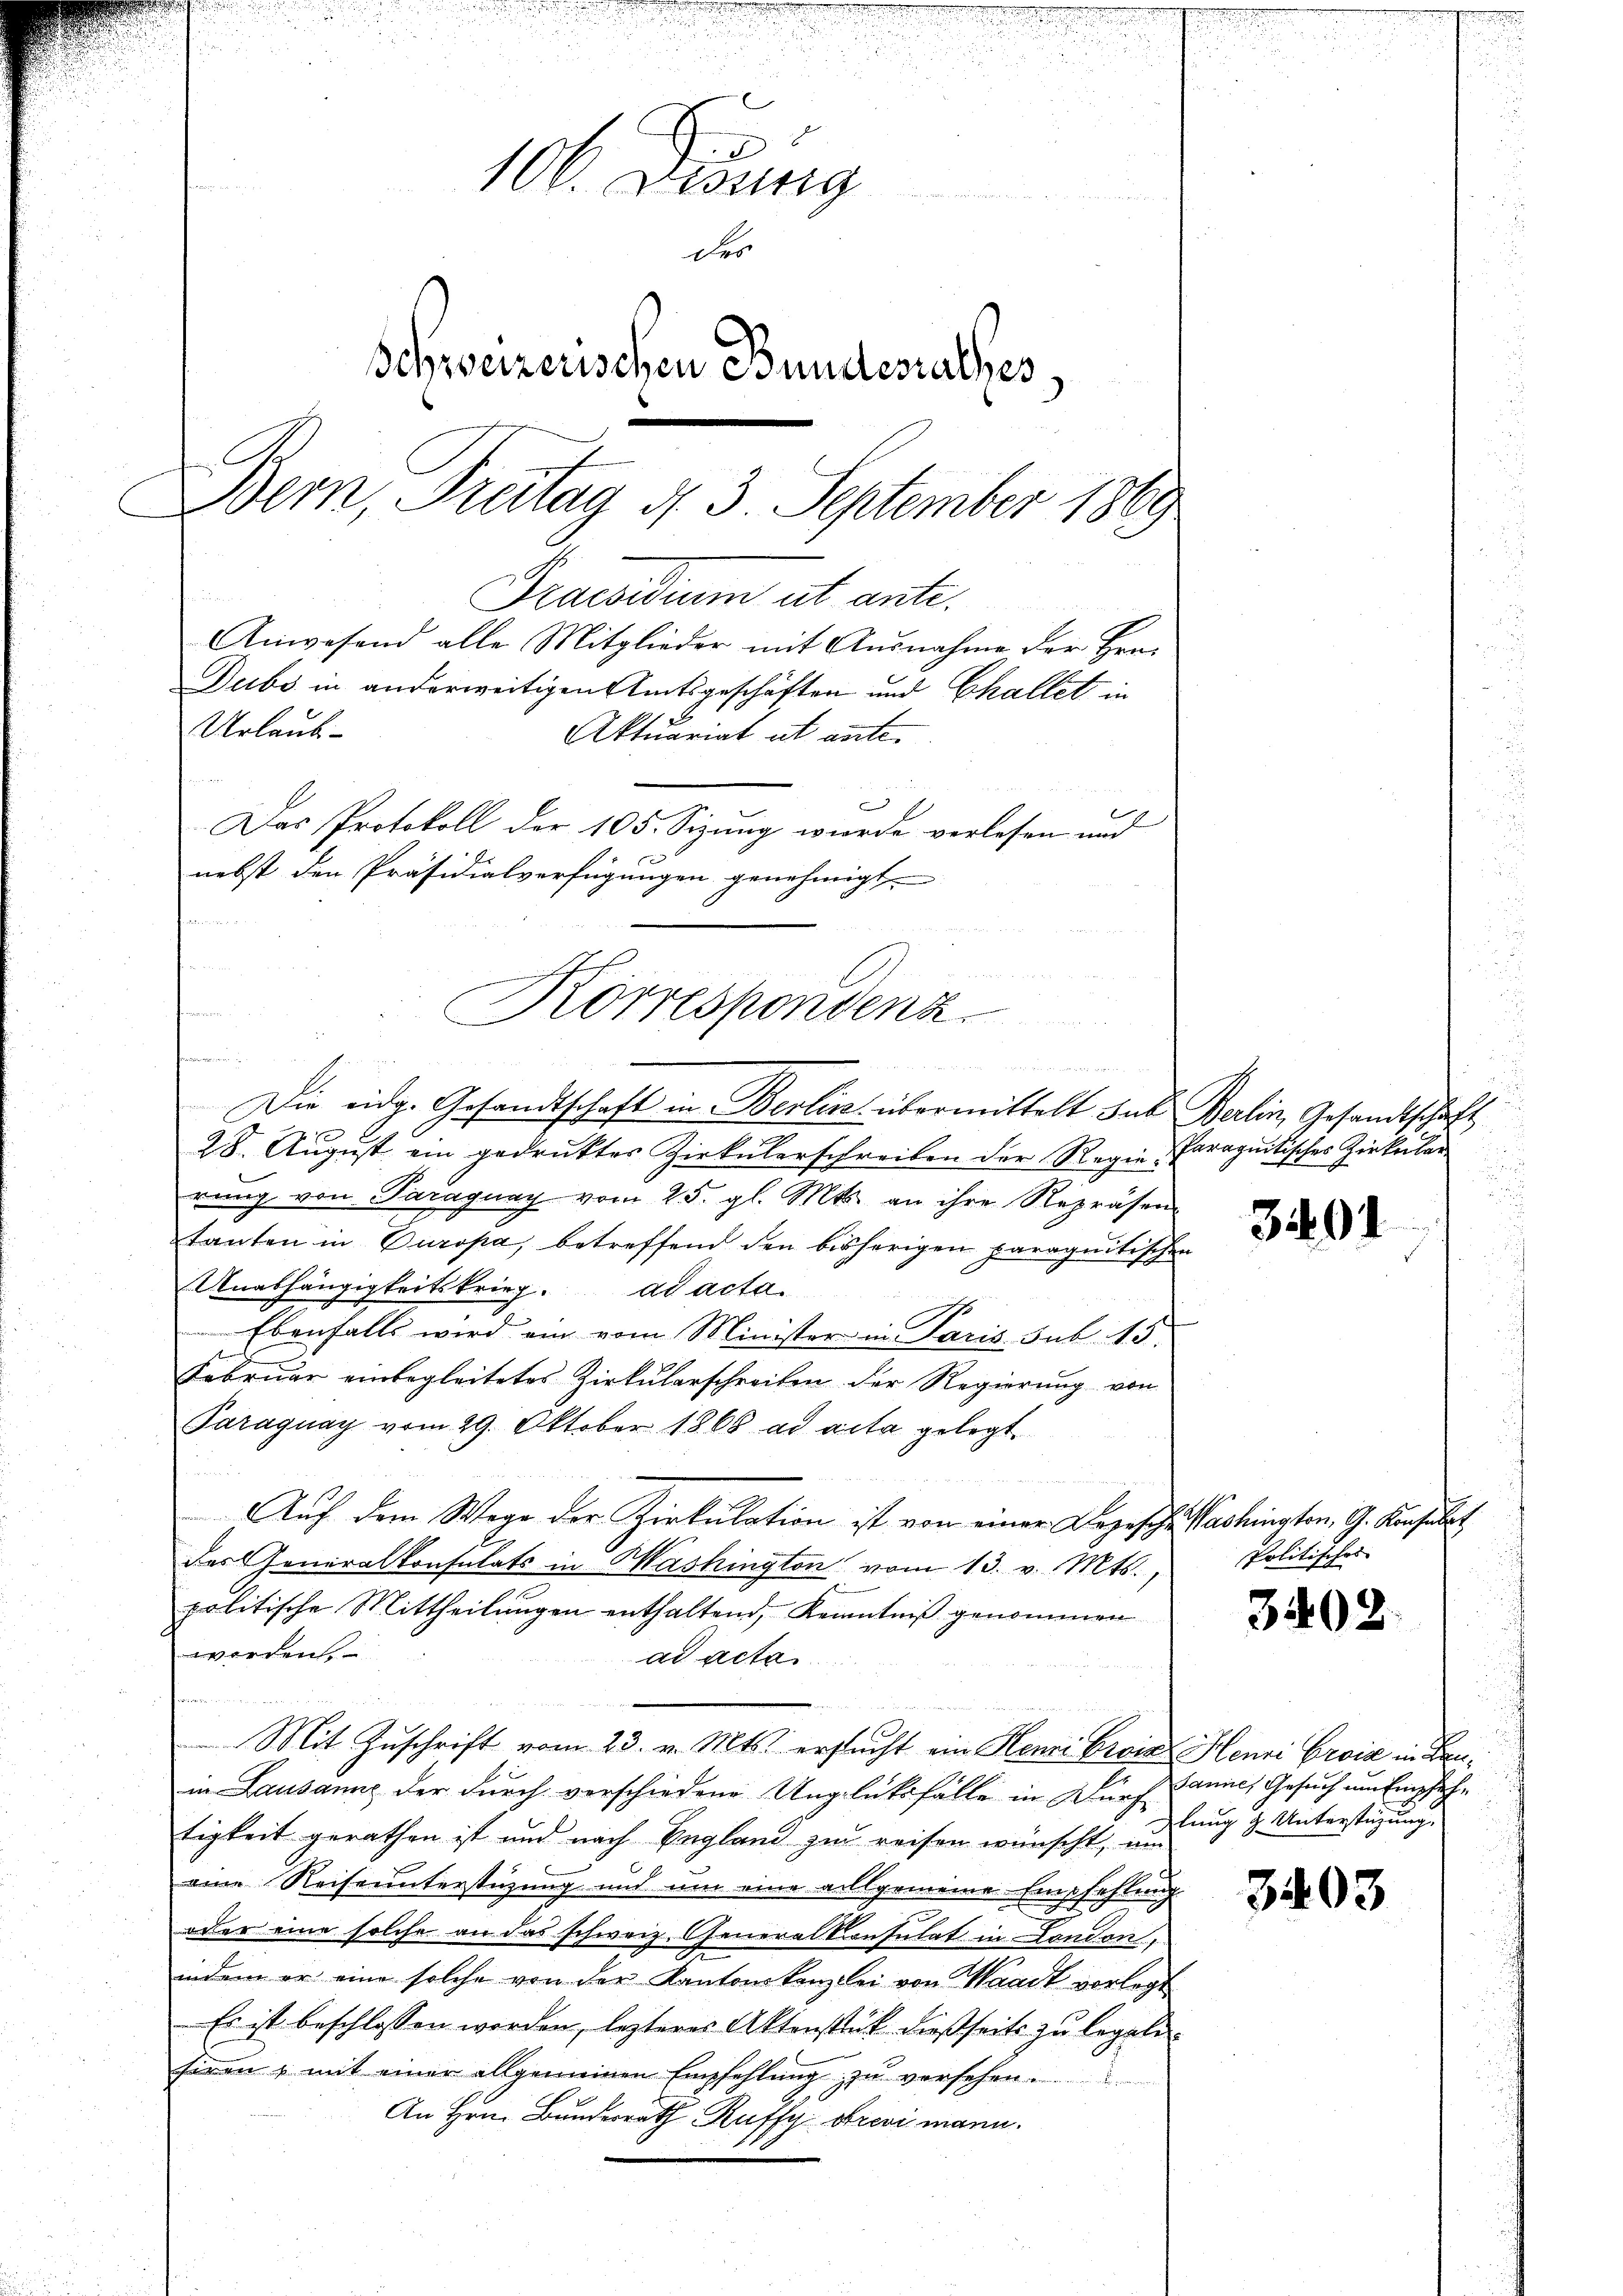
m
n
n
u
101. Diebung

u
der
Schweizerischen Bundesrathes,
Bern, Freitag d. 3. September 1869
Praesidium ut ante.
Anwesend alle Mitglieder mit Ausnahme der Hrn.
Dubs in anderweitigen Amtsgeschäften und Challet in
Urlaub-
Aktuariat ut ante.

Das Protokoll der 105. Sizung wurde verlesen und
nebst den Präsidialverfügungen genehmigt
Korrespondenz
n

Die eidg. Gesandtschaft in Berlin übermittelt das Berlin, Gesandtschaft
 x
28. August ein gedruckter Zirkŭlarschreiben der Regie-Paraquitisches Zirkular
rŭng von Paragung vom 25. gl. Mts. an ihre Repräsen
tanten in Buropa, betreffend den bisherigen paraquitischen
Unabhängigkeitskrieg. ad acta.
Ebenfalls wird ein vom Minister in Paris, sub 15.
Februar einbegleitetes Zirkularschreiben der Regierung von
Paraguay vom 29. Oktober 1868 ad acta gelegt
Auf dem Wege der Zirkulation ist von einer Depesche Washingten, G. Konsulat
das Generalkonsulats in Washington vom 13. v. Mts.,
politische Mittheilungen enthaltend, Kenntniß genommen
worden
ad acta

Mit Zuschrift vom 23. v. Mts. ersucht ein Henri Crois Henri Croik in Benin Lausanne der durch vorschiedene Unglüksfälle in Dürf-
tigkeit gerathen ist und nach England zu reisen wünscht, um
eine Reiseunterstüzung und um eine allgemeine Empfehlung
oder eine solche an das schweiz. Generalkonsulat in London,
indem er eine solche von der Kantonskanzlei von Waadt vorlegt
Es ist beschlossen worden, lezteres Aktenstück dießseits zu legene
siren u mit einer allgemeinen Empfehlŭng zu versehen.
An Hrn. Bunde Ruffy revi mann.

3491

Politisches

3402.

Jannes Gesuch um Empfehlung & Unterstüzung.

3403